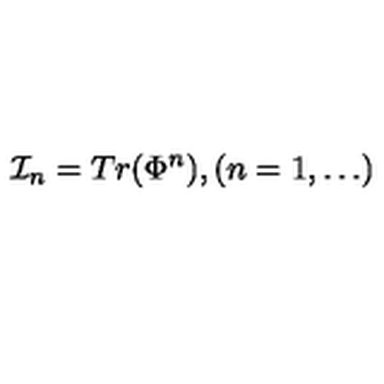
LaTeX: { \cal I } _ { n } = T r ( \Phi ^ { n } ) , ( n = 1 , \ldots )